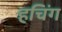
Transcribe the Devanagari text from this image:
हचिंग